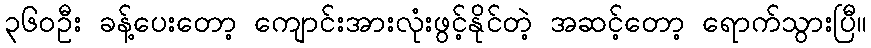
၃၆၀ဦး ခန့်ပေးတော့ ကျောင်းအားလုံးဖွင့်နိုင်တဲ့ အဆင့်တော့ ရောက်သွားပြီ။